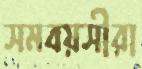
সমবয়সীরা